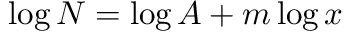
\log N = \log A + m \log x